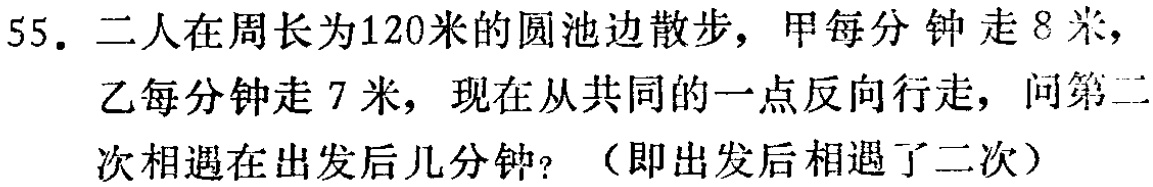
55. 二人在周长为120米的圆池边散步，甲每分钟走8米，乙每分钟走7米，现在从共同的一点反向行走，问第二次相遇在出发后几分钟？（即出发后相遇了二次）